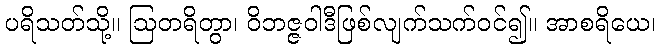
ပရိသတ်သို့။ ဩတရိတွာ၊ ဝိဘဇ္ဇဝါဒီဖြစ်လျက်သက်ဝင်၍။ အာစရိယေ၊